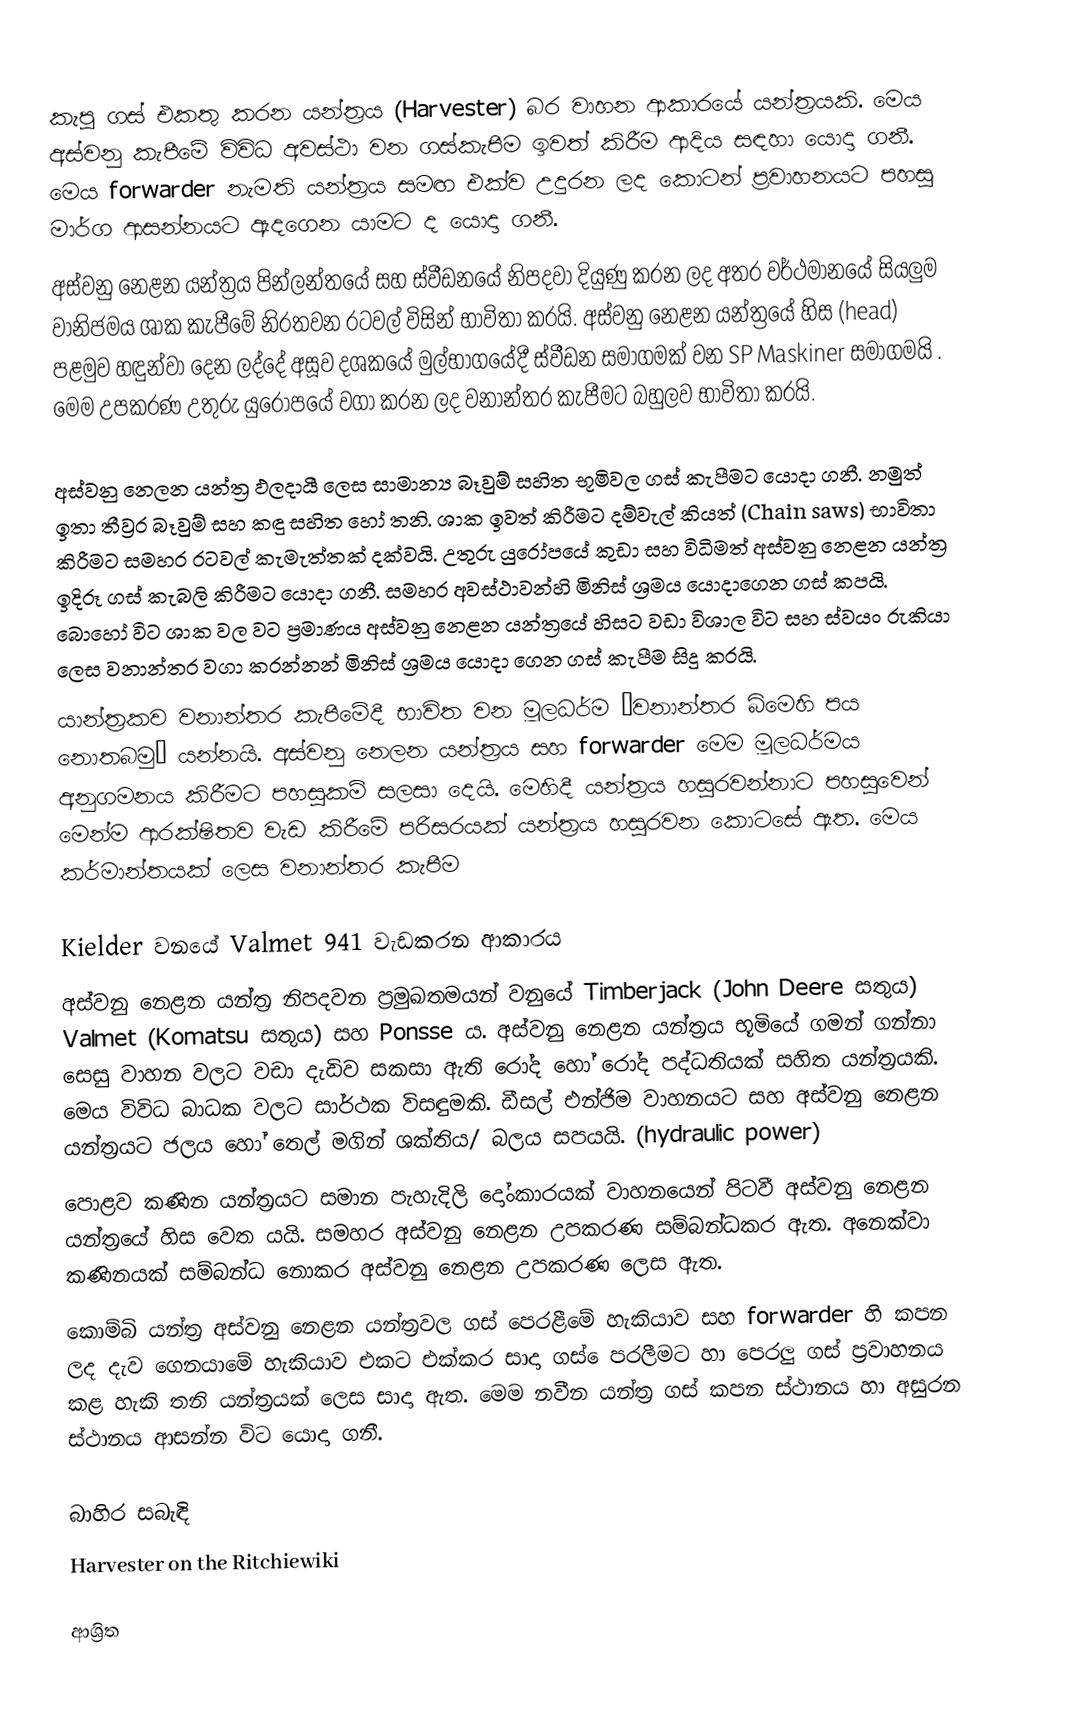
කැපූ ගස් එකතු කරන යන්ත්‍රය (Harvester) බර වාහන ආකාරයේ යන්ත්‍රයකි. මෙය අස්වනු කැපීමේ විවිධ අවස්ථා වන ගස්කැපීම ඉවත් කිරීම ආදිය සඳහා යොදා ගනී. මෙය forwarder නැමති යන්ත්‍රය සමඟ එක්ව උදුරන ලද කොටන් ප්‍රවාහනයට පහසු මාර්ග ආසන්නයට ඇදගෙන යාමට ද යොදා ගනී.
අස්වනු නෙළන යන්ත්‍රය පින්ලන්තයේ සහ ස්වීඩනයේ නිපදවා දියුණු කරන ලද අතර වර්ථමානයේ සියලුම වානිජමය ශාක කැපීමේ නිරතවන රටවල් විසින් භාවිතා කරයි. අස්වනු නෙළන යන්ත්‍රයේ හිස (head) පළමුව හඳුන්වා දෙන ලද්දේ අසූව දශකයේ මුල්භාගයේදී ස්වීඩන සමාගමක් වන SP Maskiner සමාගමයි . මෙම උපකරණ උතුරු යුරෝපයේ වගා කරන ලද වනාන්තර කැපීමට බහුලව භාවිතා කරයි.

අස්වනු නෙලන යන්ත්‍ර ඵලදායී ලෙස සාමාන්‍ය බෑවුම් සහිත භූමිවල ගස් කැපීමට යොදා ගනී. නමුත් ඉතා තීව්‍රර බෑවුම් සහ කඳු සහිත හෝ තනි. ශාක ඉවත් කිරීමට දම්වැල් කියත් (Chain saws) භාවිතා කිරීමට සමහර රටවල් කැමැත්තක් දක්වයි. උතුරු යුරෝපයේ කුඩා සහ විධිමත් අස්වනු නෙළන යන්ත්‍ර ඉදිරූ ගස් කැබලි කිරීමට යොදා ගනී. සමහර අවස්ථාවන්හි මිනිස් ශ්‍රමය යොදාගෙන ගස් කපයි. බොහෝ විට ශාක වල  වට ප්‍රමාණය අස්වනු නෙළන යන්ත්‍රයේ හිසට වඩා විශාල විට සහ ස්වයං රුකියා ලෙස වනාන්තර වගා කරන්නන් මිනිස් ශ්‍රමය යොදා ගෙන ගස් කැපීම සිදු කරයි.
යාන්ත්‍රකව වනාන්තර කැපීමේදී භාවිත වන මූලධර්ම “වනාන්තර බිමෙහි පය නොතබමු” යන්නයි. අස්වනු නෙලන යන්ත්‍රය සහ forwarder මෙම මූලධර්මය අනුගමනය කිරීමට පහසුකම් සලසා දෙයි. මෙහිදී යන්ත්‍රය හසුරවන්නාට පහසුවෙන් මෙන්ම ආරක්ෂිතව වැඩ කිරීමේ පරිසරයක් යන්ත්‍රය හසුරවන කොටසේ ඇත. මෙය කර්මාන්තයක් ලෙස වනාන්තර කැපීම

Kielder වනයේ Valmet 941 වැඩකරන ආකාරය
අස්වනු නෙළන යන්ත්‍ර  නිපදවන ප්‍රමුඛතමයන් වනුයේ  Timberjack (John Deere සතුය) Valmet (Komatsu සතුය) සහ Ponsse ය. අස්වනු නෙළන යන්ත්‍රය භූමියේ ගමන් ගන්නා සෙසු වාහන වලට වඩා දැඩිව සකසා ඇති රෝද හෝ රෝද පද්ධතියක් සහිත යන්ත්‍රයකි. මෙය විවිධ බාධක වලට සාර්ථක විසඳුමකි. ඩීසල් එන්ජිම වාහනයට සහ අස්වනු නෙළන යන්ත්‍රයට ජලය හෝ තෙල් මගින් ශක්තිය/ බලය සපයයි. (hydraulic power)
පොළව කණින යන්ත්‍රයට සමාන පැහැදිලි දෝංකාරයක් වාහනයෙන් පිටවී අස්වනු නෙළන යන්ත්‍රයේ හිස වෙත යයි. සමහර අස්වනු නෙළන උපකරණ සම්බන්ධකර ඇත. අනෙක්වා කණිනයක් සම්බන්ධ නොකර අස්වනු නෙළන උපකරණ ලෙස ඇත.
කොම්බි යන්ත්‍ර අස්වනු නෙළන යන්ත්‍රවල ගස් පෙරළීමේ හැකියාව සහ forwarder  හි කපන ලද දැව ගෙනයාමේ හැකියාව එකට එක්කර සාදා ගස් ‍ෙපරලීමට හා පෙරලු ගස් ප්‍රවාහනය කළ හැකි තනි යන්ත්‍රයක් ලෙස සාදා ඇත. මෙම නවීන යන්ත්‍ර ගස් කපන ස්ථානය හා අසුරන ස්ථානය ආසන්න විට යොදා ගනී.

බාහිර සබැඳි
Harvester on the Ritchiewiki

ආශ්‍රිත